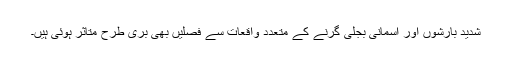
شدید بارشوں اور آسمانی بجلی گرنے کے متعدد واقعات سے فصلیں بھی بری طرح متاثر ہوئی ہیں۔